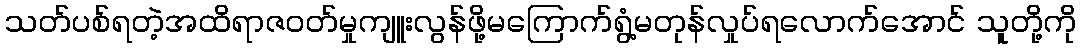
သတ်ပစ်ရတဲ့အထိရာဇဝတ်မှုကျူးလွန်ဖို့မကြောက်ရွံ့မတုန်လှုပ်ရလောက်အောင် သူတို့ကို